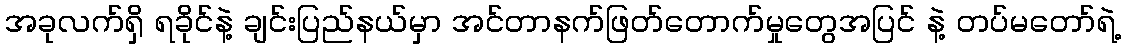
အခုလက်ရှိ ရခိုင်နဲ့ ချင်းပြည်နယ်မှာ အင်တာနက်ဖြတ်တောက်မှုတွေအပြင် နဲ့ တပ်မတော်ရဲ့